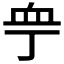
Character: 𧖧